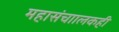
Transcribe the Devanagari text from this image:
महासंचाालकही